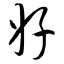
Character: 好